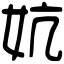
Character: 妔